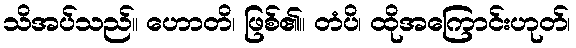
သိအပ်သည်။ ဟောတိ၊ ဖြစ်၏။ တံပိ၊ ထိုအကြောင်းဟုတ်၊